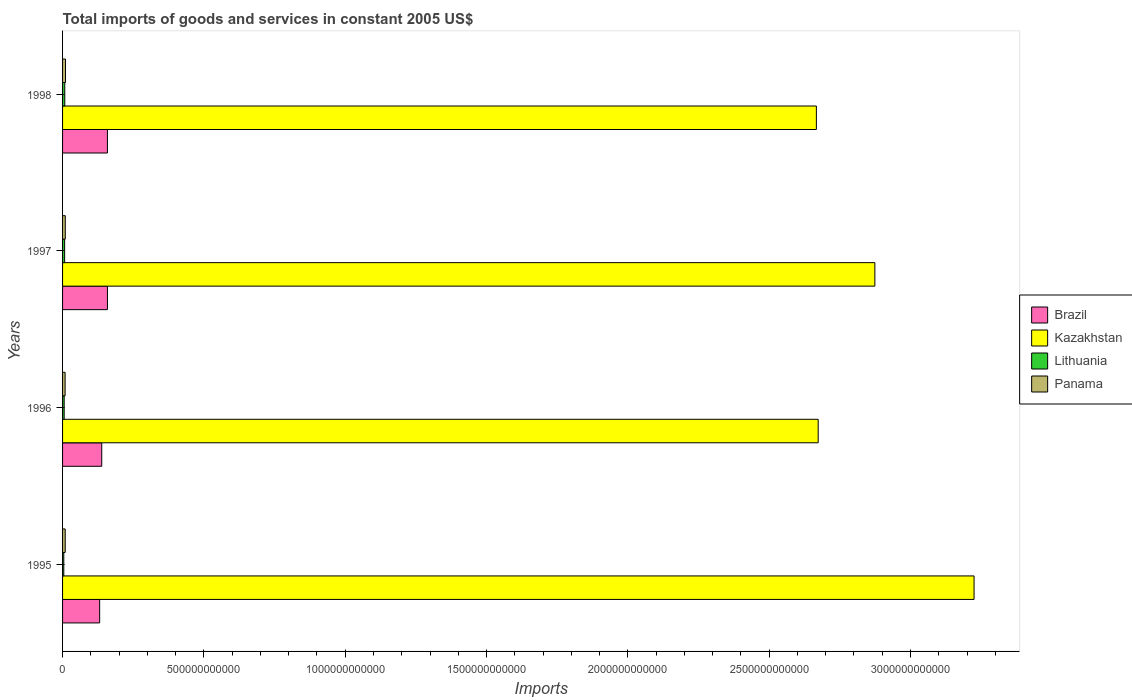
| Years | Brazil | Kazakhstan | Lithuania | Panama |
 | --- | --- | --- | --- | --- |
 | 1995 | 1.31e+11 | 3.22e+12 | 4.37e+09 | 9.39e+09 |
 | 1996 | 1.39e+11 | 2.67e+12 | 5.66e+09 | 9e+09 |
 | 1997 | 1.59e+11 | 2.87e+12 | 7.31e+09 | 9.63e+09 |
 | 1998 | 1.59e+11 | 2.67e+12 | 7.78e+09 | 1.04e+10 |